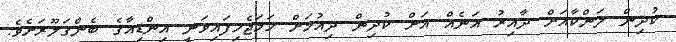
ކުދިން ލަންކާއަށް ދާއިރު އަނެއް އަށް ކުދިން ދިއުމަށް ހަމަޖެހިފައިވަނީ އިންޑިއާގެ ބެންގަލޫރަށެވެ.